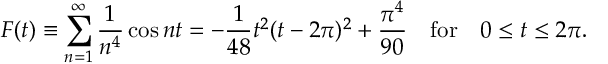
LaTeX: F ( t ) \equiv \sum _ { n = 1 } ^ { \infty } { \frac { 1 } { n ^ { 4 } } } \cos n t = - { \frac { 1 } { 4 8 } } t ^ { 2 } ( t - 2 \pi ) ^ { 2 } + { \frac { \pi ^ { 4 } } { 9 0 } } \quad \mathrm { f o r } \quad 0 \le t \le 2 \pi .